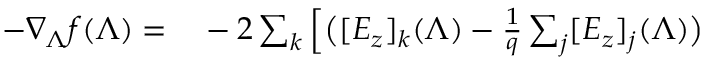
\begin{array} { r l } { - \nabla _ { \boldsymbol { \Lambda } } f ( \boldsymbol { \Lambda } ) = } & { { } - 2 \sum _ { k } \left[ \big ( [ E _ { z } ] _ { k } ( \boldsymbol { \Lambda } ) - \frac { 1 } { q } \sum _ { j } [ E _ { z } ] _ { j } ( \boldsymbol { \Lambda } ) \big ) \right. } \end{array}